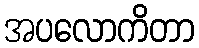
အပလောကိတာ